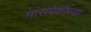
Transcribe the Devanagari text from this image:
मांसपेशीच्या